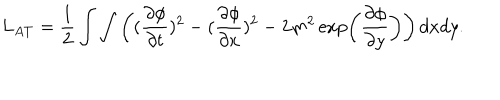
L _ { A T } = { \frac { 1 } { 2 } } \int \int \left( ( { \frac { \partial \phi } { \partial t } } ) ^ { 2 } - ( { \frac { \partial \phi } { \partial x } } ) ^ { 2 } - 2 m ^ { 2 } \exp \left( { \frac { \partial \phi } { \partial y } } \right) \right) d x d y .